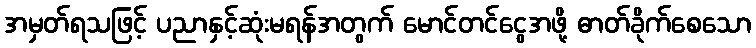
အမှတ်ရသဖြင့် ပညာနှင့်ဆုံးမရန်အတွက် မောင်တင်ငွေအဖို့ ဓာတ်ခိုက်စေသော